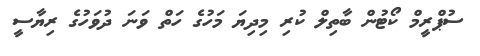
ސުޕްރީމް ކޯޓުން ބާތިލް ކުރި މިދިޔަ މަހުގެ ހަތް ވަނަ ދުވަހުގެ ރިޔާސީ